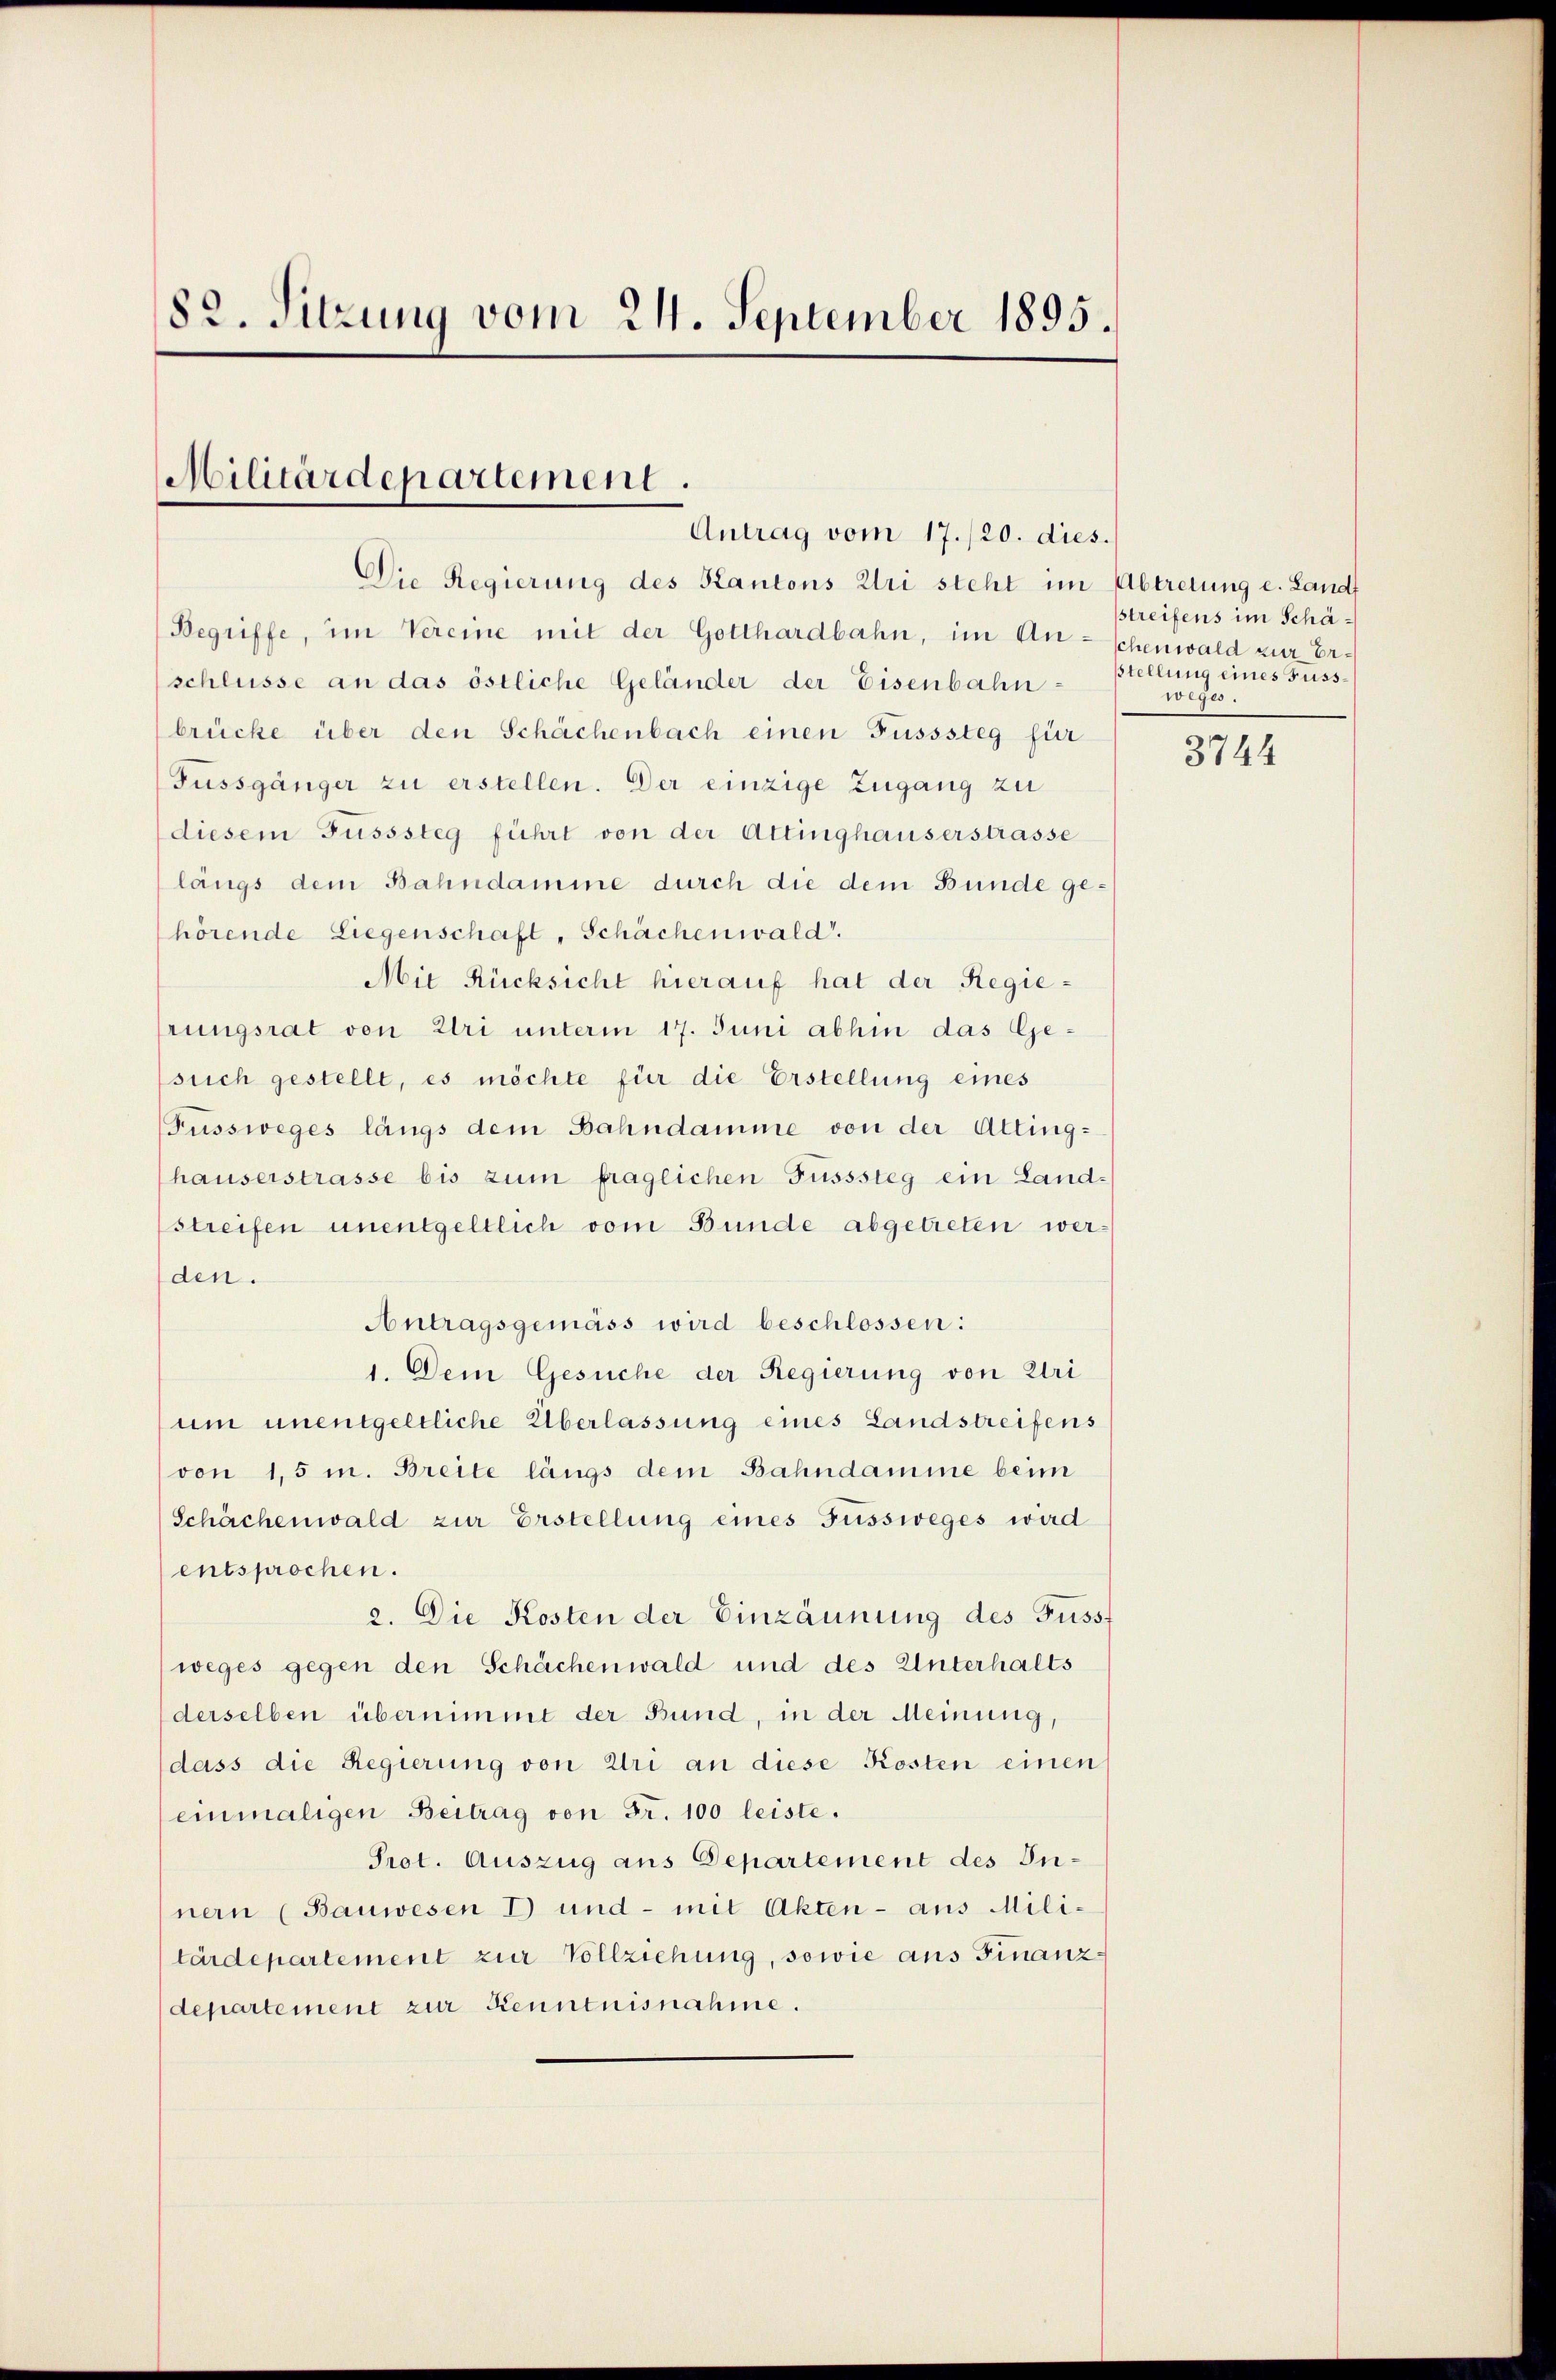
82. Sitzung vom 21. September 1895.

Militärdepartement.
Antrag vom 17./20. dies.

Die Regierung des Kantons Uri steht im Abtretung e. Landf
Begriffe, im Vereine mit der Gotthardbahn, im Anschlüsse an das östliche Geländer der Eisenbahn-
brücke über den Schächenbach einen Fusssteg für
Fussgänger zu erstellen. Der einzige Zugang zu
diesem Fusssteg führt von der Attinghauserstrasse
längs dem Bahndamme durch die dem Bunde gehörende Liegenschaft, Schächenwald.
Mit Rücksicht hierauf hat der Regieprungsrat von Uri unterm 17. Juni abhin das Gesuch gestellt, es möchte für die Erstellung eines
(Fussweges längs dem Bahndamme von der Alting-
hauserstrasse bis zum fraglichen Fusssteg ein Landstreifen unentgeltlich vom Bunde abgetreten werden.
Antragsgemäss wird beschlossen:
1. Dem Gesuche der Regierung von Uri
um unentgeltliche Überlassung eines Landstreifens
von 1,5 m. Breite längs dem Bahndamme beim
Schächenwald zur Erstellung eines Fussweges wird
entsprochen.
2. Die Kosten der Einzäunung des Fussf
weges gegen den Schächenwald und des Unterhalts
derselben übernimmt der Bund, in der Meinung,
dass die Regierung von Uri an diese Kosten einen
einmaligen Beitrag von Fr. 100 leiste.
Prot. Auszug aus Departement des Innern (Bauwesen I und - mit Akten - aus Militärdepartement zur Vollziehung, sowie aus Finanzdepartement zur Kenntnisnahme.

streifens im Schäschenwald zur Erstellung eines Fusso ehe

3744